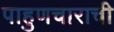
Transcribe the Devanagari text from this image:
पाहुणचाराची